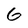
Character: 6